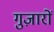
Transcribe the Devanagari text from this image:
गुज़ारों